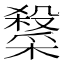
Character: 𭯂